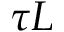
\tau L